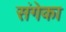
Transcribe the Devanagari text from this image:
संगेका